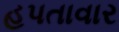
હપતાવાર